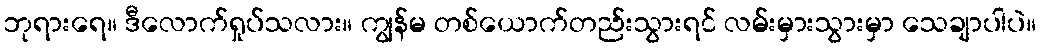
ဘုရားရေ။ ဒီလောက်ရှုပ်သလား။ ကျွန်မ တစ်ယောက်တည်းသွားရင် လမ်းမှားသွားမှာ သေချာပါပဲ။